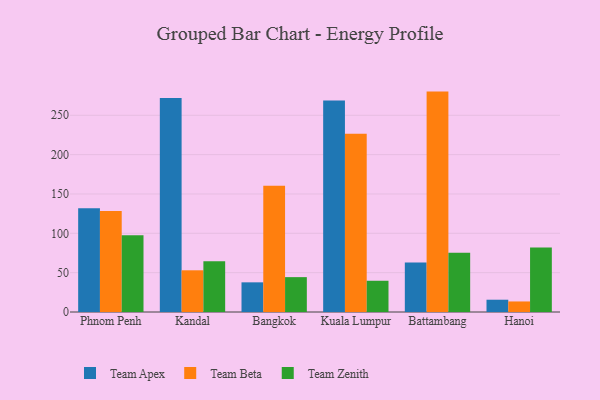
{"axis": {"x": "City", "y": "Shipments"}, "legend": ["Team Apex", "Team Beta", "Team Zenith"], "data": [{"x": "Phnom Penh", "y": 131.7, "type": "Team Apex"}, {"x": "Phnom Penh", "y": 128.5, "type": "Team Beta"}, {"x": "Phnom Penh", "y": 97.5, "type": "Team Zenith"}, {"x": "Kandal", "y": 272.0, "type": "Team Apex"}, {"x": "Kandal", "y": 53.0, "type": "Team Beta"}, {"x": "Kandal", "y": 64.6, "type": "Team Zenith"}, {"x": "Bangkok", "y": 37.7, "type": "Team Apex"}, {"x": "Bangkok", "y": 160.4, "type": "Team Beta"}, {"x": "Bangkok", "y": 44.3, "type": "Team Zenith"}, {"x": "Kuala Lumpur", "y": 268.7, "type": "Team Apex"}, {"x": "Kuala Lumpur", "y": 226.6, "type": "Team Beta"}, {"x": "Kuala Lumpur", "y": 39.7, "type": "Team Zenith"}, {"x": "Battambang", "y": 62.8, "type": "Team Apex"}, {"x": "Battambang", "y": 280.1, "type": "Team Beta"}, {"x": "Battambang", "y": 75.2, "type": "Team Zenith"}, {"x": "Hanoi", "y": 15.6, "type": "Team Apex"}, {"x": "Hanoi", "y": 13.4, "type": "Team Beta"}, {"x": "Hanoi", "y": 82.1, "type": "Team Zenith"}]}